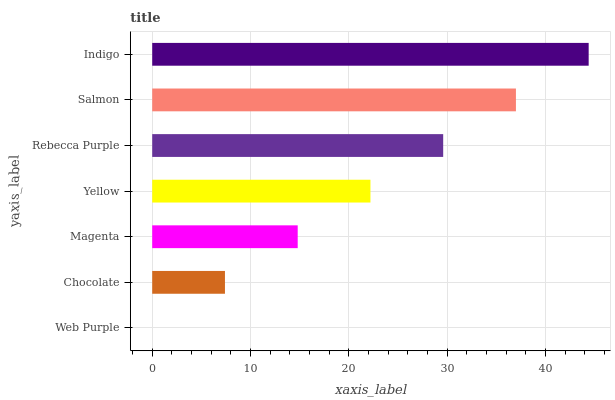
| yaxis_label | bars |
 | --- | --- |
 | Web Purple | 0 |
 | Chocolate | 7.4 |
 | Magenta | 14.8 |
 | Yellow | 22.2 |
 | Rebecca Purple | 29.6 |
 | Salmon | 37 |
 | Indigo | 44.4 |